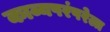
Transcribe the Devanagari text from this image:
काव्यपरंपरेला